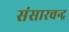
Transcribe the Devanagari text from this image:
संसारचन्द्र